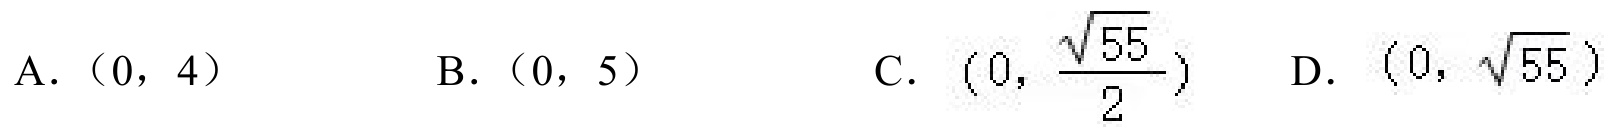
A. \((0,4)\)  \(\quad\) B. \((0,5)\)  \(\quad\) C. \((0,\frac{\sqrt{55}}{2})\)  \(\quad\) D. \((0,\sqrt{55})\)